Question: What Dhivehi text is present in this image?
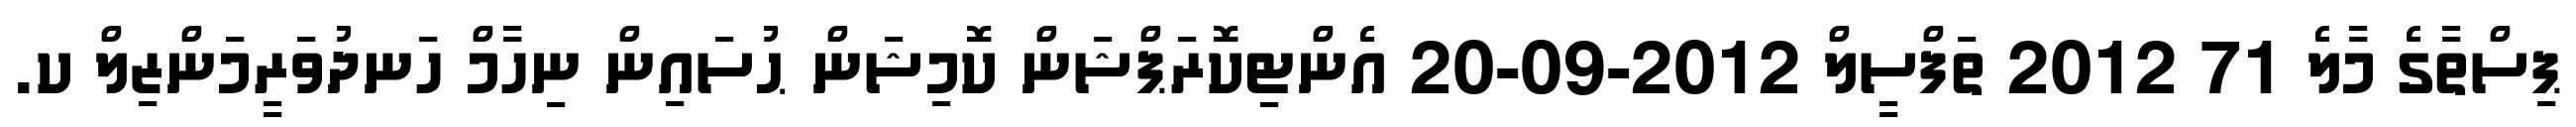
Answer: ޕިސްތާގެ މާލެ 71 2012 ތަފްސީލް 2012-09-20 އެންޓިކޮރަޕްޝަން ކޮމިޝަން ޙުސައިން ނިހާމް ހަނދުވަރީމަންޒިލް ކ.